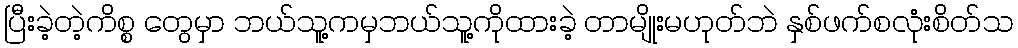
ပြီးခဲ့တဲ့ကိစ္စ တွေမှာ ဘယ်သူ့ကမှဘယ်သူ့ကိုထားခဲ့ တာမျိုးမဟုတ်ဘဲ နှစ်ဖက်စလုံးစိတ်သ